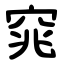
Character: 窕